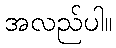
အလည်ပါ။